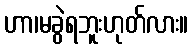
ဟာ၊မခွဲရဘူးဟုတ်လား။